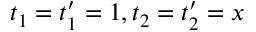
t _ { 1 } = t _ { 1 } ^ { \prime } = 1 , t _ { 2 } = t _ { 2 } ^ { \prime } = x